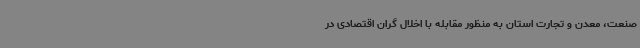
صنعت، معدن و تجارت استان به منظور مقابله با اخلال گران اقتصادی در